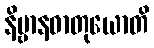
နိဗ္ဗာနဓာတုယောတိ